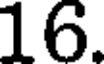
16.